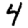
Digit: 4